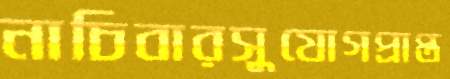
নাচিবারসুযোগপ্রাপ্ত